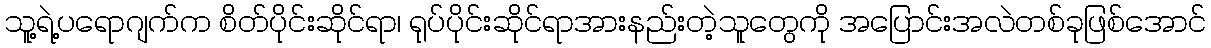
သူ့ရဲ့ပရောဂျက်က စိတ်ပိုင်းဆိုင်ရာ၊ ရုပ်ပိုင်းဆိုင်ရာအားနည်းတဲ့သူတွေကို အပြောင်းအလဲတစ်ခုဖြစ်အောင်